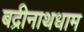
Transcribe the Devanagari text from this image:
बद्रीनाथधाम